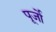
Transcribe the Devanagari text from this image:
पूर्जो